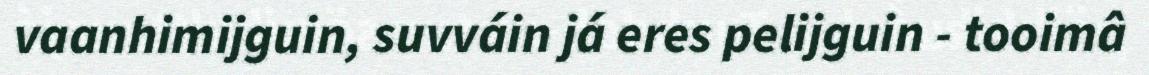
vaanhimijguin, suvváin já eres pelijguin - tooimâ